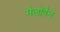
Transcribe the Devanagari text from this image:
मैलोवैन